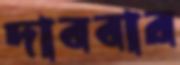
দাববার